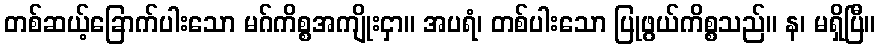
တစ်ဆယ့်ခြောက်ပါးသော မဂ်ကိစ္စအကျိုးငှာ။ အပရံ၊ တစ်ပါးသော ပြုဖွယ်ကိစ္စသည်။ န၊ မရှိပြီ။